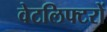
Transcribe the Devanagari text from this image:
वेटलिफ्टरों